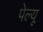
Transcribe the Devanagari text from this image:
पेल्यू